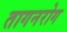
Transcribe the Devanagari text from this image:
तागनरोग